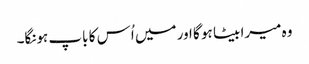
وہ میرا بیٹا ہو گا اور میں اُس کا باپ ہونگا۔